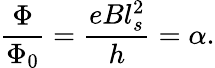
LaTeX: \frac{\Phi}{\Phi_{0}}=\frac{eBl_{s}^{2}}{h}=\alpha.